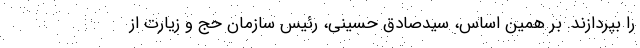
را بپردازند. بر همین اساس، سیدصادق حسینی، رئیس سازمان حج و زیارت از